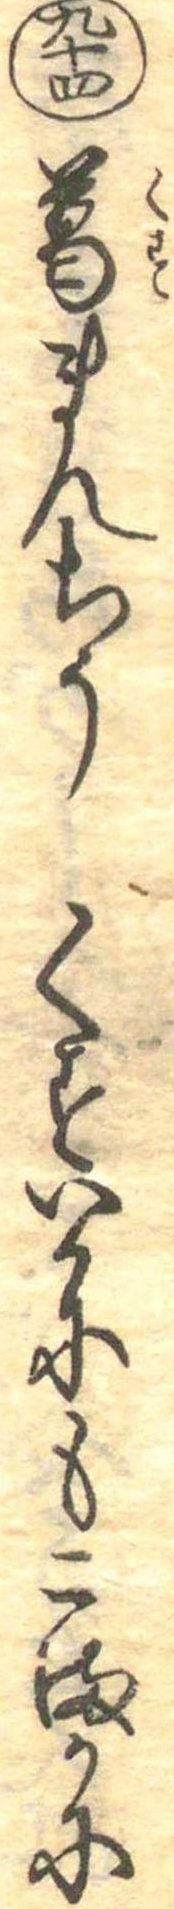
九十四葛まんちうくすいかにもこまかに